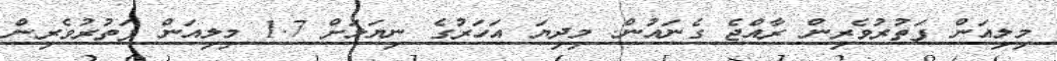
މިލިއަން ފަތުރުވެރިން ރާއްޖެ ގެނައުން. މިދިޔަ އަހަރުގެ ނިޔަލަށް 1.7 މިލިއަން ފަތުރުވެރިން